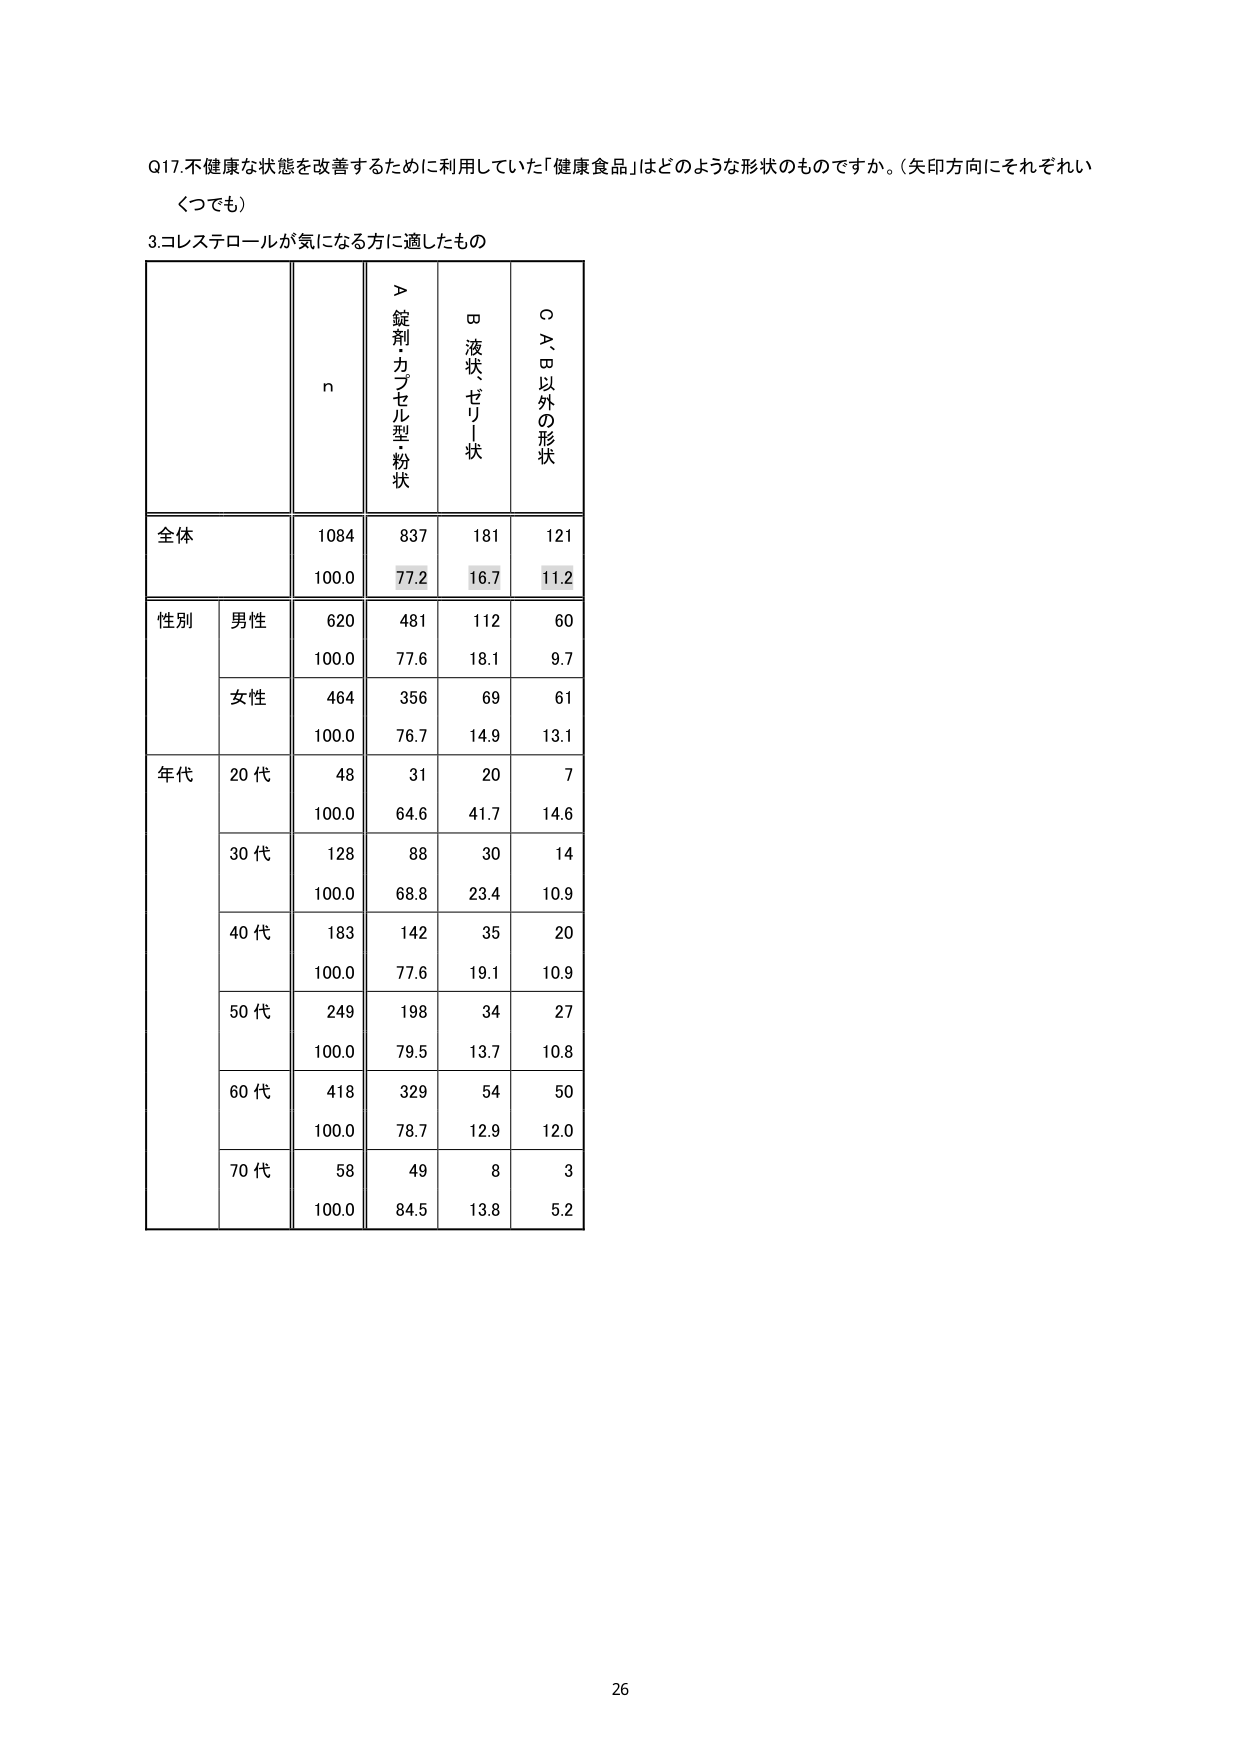
Q17.不健康な状態を改善するために利用していた「健康食品」はどのような形状のものですか。(矢印方向にそれぞれいくつでも)

3.コレステロールが気になる方に適したもの

n
＞錠剤・カプセル型・粉状
ロ液状・ゼリー状
○A、B以外の形状

全体
1084
837
181
121
100.0
77.2
16.7
11.2

性別
男性
620
481
112
60
100.0
77.6
18.1
9.7
女性
464
356
69
61
100.0
76.7
14.9
13.1

年代
20代
48
31
20
7
100.0
64.6
41.7
14.6
30代
128
88
30
14
100.0
68.8
23.4
10.9
40代
183
142
35
20
100.0
77.6
19.1
10.9
50代
249
198
34
27
100.0
79.5
13.7
10.8
60代
418
329
54
50
100.0
78.7
12.9
12.0
70代
58
49
8
3
100.0
84.5
13.8
5.2

26